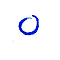
٥